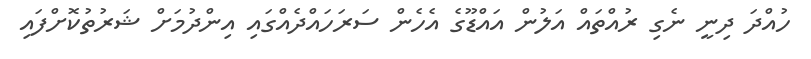
ހުއްދަ ދިނީ ނެގި ރުއްތައް އަލުން އައްޑޫގެ އެހެން ސަރަހައްދެއްގައި އިންދުމަށް ޝަރުތުކޮށްފައި